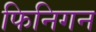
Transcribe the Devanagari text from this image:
फिनिगन